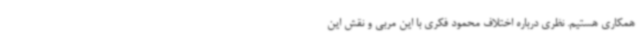
همکاری هستیم. نظری درباره اختلاف محمود فکری با این مربی و نقش این